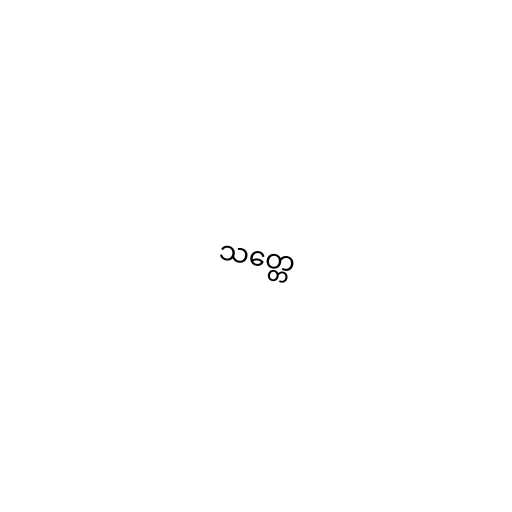
သတ္တေ